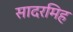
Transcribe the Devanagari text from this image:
सादरमिह